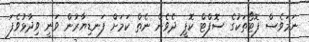
ނަމަވެސް ފޮޓޯތަކުގެ ސޮފްޓް ކޮޕީ ދެވެން ނެތް ކަމަށް ފަނޑިޔާރުން ވަނީ ވިދާޅުވެފަ